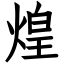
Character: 煌